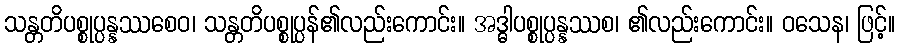
သန္တတိပစ္စုပ္ပန္နဿစေဝ၊ သန္တတိပစ္စုပ္ပန်၏လည်းကောင်း။ အဒ္ဓါပစ္စုပ္ပန္နဿစ၊ ၏လည်းကောင်း။ ဝသေန၊ ဖြင့်။